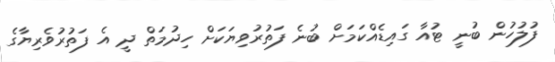
ފުލުހުން ބުނީ ޓުއާ ގައިޑެއްކަަމަށް ބުނެ ފަތުރުވިޔަކަށް ހިދުމަތް ދީ އެ ފަތުރުވެރިޔާގެ